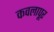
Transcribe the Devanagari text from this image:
कवलापूर